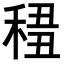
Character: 𥟷